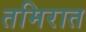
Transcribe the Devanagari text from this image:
तमिरात